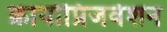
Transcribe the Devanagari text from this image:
क्रायोप्रिजर्वेशन